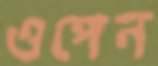
ওপেন